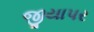
જીયાપર